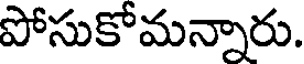
పోసుకోమన్నారు.